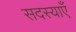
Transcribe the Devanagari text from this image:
सदस्याएँ